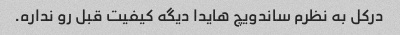
درکل به نظرم ساندویچ هایدا دیگه کیفیت قبل رو نداره.